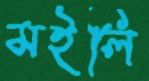
মইলি